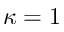
\kappa = 1